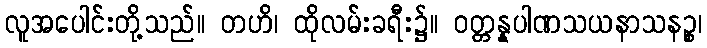
လူအပေါင်းတို့သည်။ တဟိ၊ ထိုလမ်းခရီး၌။ ဝတ္တန္နပါဏသယနာသနဉ္စ၊